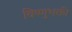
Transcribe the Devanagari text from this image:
विष्णुभक्ती